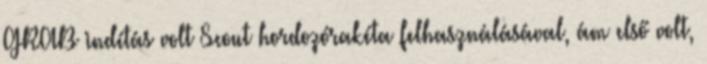
GRAB indítás volt Scout hordozórakéta felhasználásával, ám első volt,